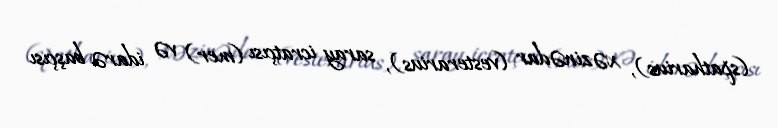
(spatharius), xəzinədar (vesterarius), saray icratçısı (mer) və idarə başçısı